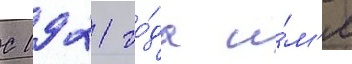
С 1921 го́да и́м'я